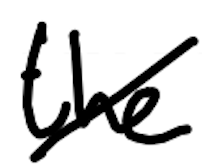
Text: the
Cross-out: diagonal
Writing tool: digital_black